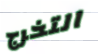
التخرج